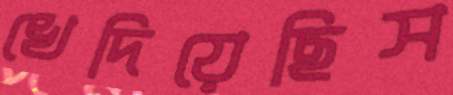
খেদিয়েছিস